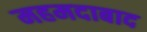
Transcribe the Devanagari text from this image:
महमदाबाद